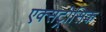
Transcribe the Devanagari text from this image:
एक्सट्रीसिक